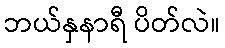
ဘယ်နှနာရီ ပိတ်လဲ။